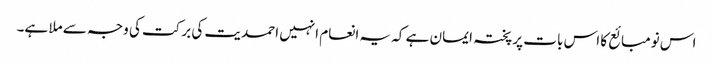
اس نومبائع کا اس بات پر پختہ ایمان ہے کہ یہ انعام انہیں احمدیت کی برکت کی وجہ سے ملا ہے۔